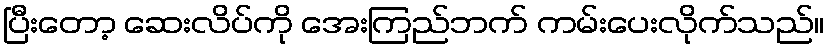
ပြီးတော့ ဆေးလိပ်ကို အေးကြည်ဘက် ကမ်းပေးလိုက်သည်။